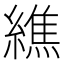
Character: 𦅃